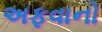
અફવાનો